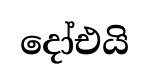
දෝඑයි